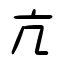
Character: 亢